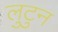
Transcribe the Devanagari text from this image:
लुटुन